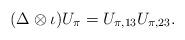
LaTeX: \begin{align*} (\Delta \otimes \iota) U_\pi = U_{\pi, 13} U_{\pi, 23}. \end{align*}